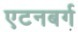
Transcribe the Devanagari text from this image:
एटनबर्ग